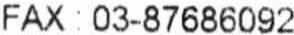
FAX : 03-87686092